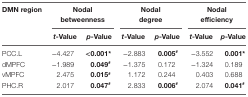
<table><thead><tr><td rowspan="2"><b>DMN region</b></td><td colspan="2"><b>Nodal betweenness</b></td><td colspan="2"><b>Nodal degree</b></td><td colspan="2"><b>Nodal efficiency</b></td></tr><tr><td><b><i>t</i>-Value</b></td><td><b><i>p</i>-Value</b></td><td><b><i>t</i>-Value</b></td><td><b><i>p</i>-Value</b></td><td><b><i>t</i>-Value</b></td><td><b><i>p</i>-Value</b></td></tr></thead><tbody><tr><td>PCC.L</td><td>−4.427</td><td><b>&lt;0.001*</b></td><td>−2.883</td><td><b>0.005<sup>#</sup></b></td><td>−3.552</td><td><b>0.001*</b></td></tr><tr><td>dMPFC</td><td>−1.989</td><td><b>0.049<sup>#</sup></b></td><td>−1.375</td><td>0.172</td><td>−1.324</td><td>0.189</td></tr><tr><td>vMPFC</td><td>2.475</td><td><b>0.015<sup>#</sup></b></td><td>1.172</td><td>0.244</td><td>0.403</td><td>0.688</td></tr><tr><td>PHC.R</td><td>2.017</td><td><b>0.047<sup>#</sup></b></td><td>2.833</td><td><b>0.006<sup>#</sup></b></td><td>2.074</td><td><b>0.041<sup>#</sup></b></td></tr></tbody></table>